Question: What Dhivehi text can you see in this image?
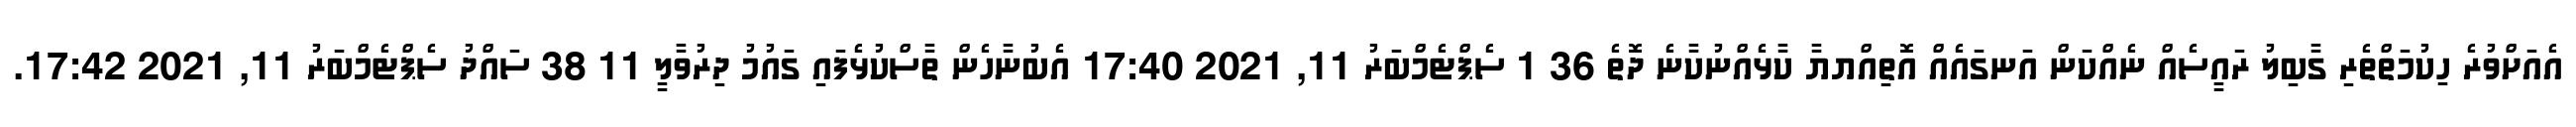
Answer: އެއަށްވުރެ ހިކުމަތްތެރި ގާބިލު ރައީސެއް ނެއްކަން އަނގައެއް އޮތިއްޔޔާ ކާޅެއްނުކާނެ ދޮތެ 36 1 ސެޕްޓެމްބަރު 11, 2021 17:40 އެބުނާހެން ތާސްކުޅެފައި ގައުމު ދިރުވާލީ 11 38 ސައްދު ސެޕްޓެމްބަރު 11, 2021 17:42.